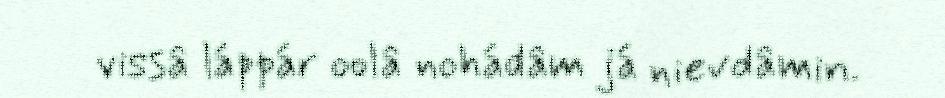
vissâ láppár oolâ nohádâm já nievdâmin.